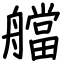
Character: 艡